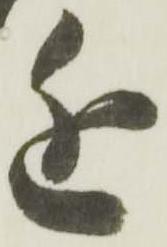
近